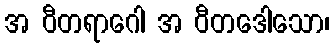
အ ဝီတရာဂေါ အ ဝီတဒေါသော၊